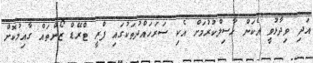
އަދި ވިދާޅުވީ އެކަން ހާސިލްކުރުމަށް އެކި ސަރަހައްދުތަކުގައި ފްރީ ޓްރޭޑް ޒޯންތައް ގާއިމުކޮށް